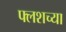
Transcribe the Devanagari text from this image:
फ्लशच्या